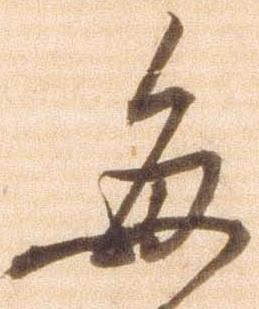
毎